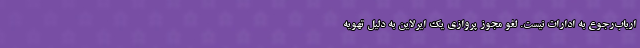
ارباب‌رجوع به ادارات نیست. لغو مجوز پروازی یک ایرلاین به دلیل تهویه